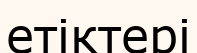
етіктері